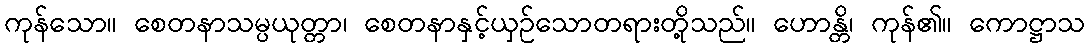
ကုန်သော။ စေတနာသမ္ပယုတ္တာ၊ စေတနာနှင့်ယှဉ်သောတရားတို့သည်။ ဟောန္တိ၊ ကုန်၏။ ကောဋ္ဌာသ